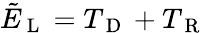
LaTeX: \tilde{E}_{\mathrm{~L~}}={T_{\mathrm{~D~}}}+{T_{\mathrm{~R~}}}